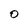
Character: 0